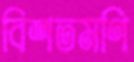
বিশতমণি